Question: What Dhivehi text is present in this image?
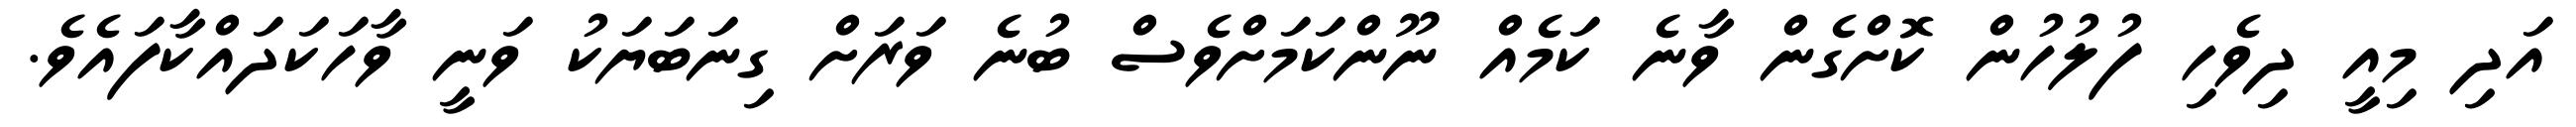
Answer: އަދި މިއީ ދިވެހި ފުލުހުން ކޮށްގެން ވާނެ ކަމެއް ނޫންކަމަށްވެސް ބުނެ ވަރަށް ގިނަބަޔަކު ވަނީ ވާހަކަދައްކާފައެވެ.